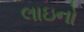
લાઇનો